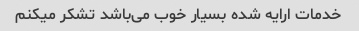
خدمات ارایه شده بسیار خوب می‌باشد تشکر میکنم